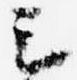
云